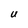
Character: U